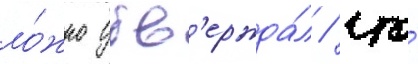
ло́жно утв'ержда́л / что́